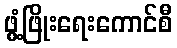
ဖွံ့ဖြိုးရေးကောင်စီ